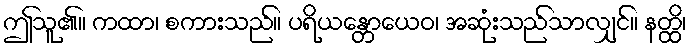
ဤသူ၏။ ကထာ၊ စကားသည်။ ပရိယန္တောယေဝ၊ အဆုံးသည်သာလျှင်။ နတ္ထိ၊